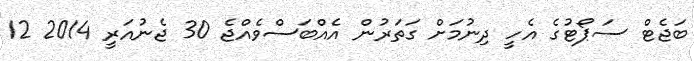
ބަޖެޓް ސަޕޯޓުގެ އެހީ ދިނުމަށް ގަތަރުން އެއްބަސްވެއްޖެ 30 ޖެނުއަރީ 2014 12